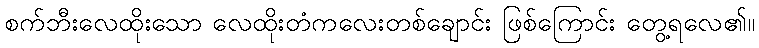
စက်ဘီးလေထိုးသော လေထိုးတံကလေးတစ်ချောင်း ဖြစ်ကြောင်း တွေ့ရလေ၏။